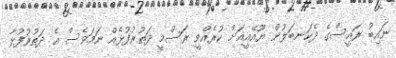
ނައިބު ރައީސްގެ ދެކަނބަލުން ޔޫއޭއީއަށް ކުރެއްވީ ރަސްމީ ދަތުރުފުޅެއް ނަމަވެސް އެ ދަތުރުފުޅާ